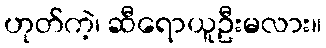
ဟုတ်ကဲ့၊ ဆီရောယူဦးမလား။